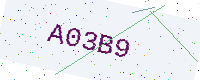
Text: A03B9